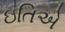
ઇતિએ